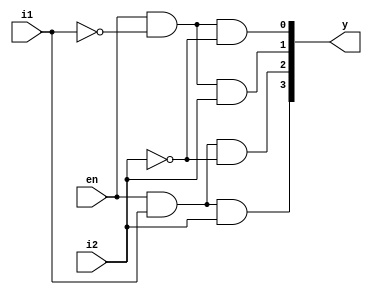
module decoder2x4_df(en,i1,i2,y);
  input en,i1,i2;
  output [3:0]y;
  assign y[0] = (en)&(~i1)&(~i2);
  assign y[1] = (en)&(~i1)&(i2);
  assign y[2] = (en)&(i1)&(~i2);
  assign y[3] = (en)&(i1)&(i2);
endmodule

module decoder_tb;
  reg en,i1,i2;
  wire [3:0]y;
  integer i;
  
  decoder2x4_df D1(en,i1,i2,y);
  initial
  begin
    for(i=3'b000;i<8;i=i+1)
    begin
      {en,i1,i2}=i;#10;
    end
    {en,i1,i2}=3'b000;
  end
endmodule